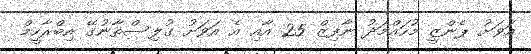
އަވަށު ޕެންޒީ މުހައްމަދު ނާފިޒް 25 އާއި އެ އަވަށު ގުލިސްތާނުގޭ އިބްރާހީމް